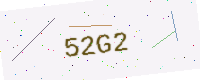
Text: 52G2